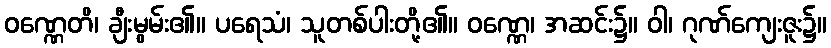
ဝဏ္ဏေတိ၊ ချီးမွမ်း၏။ ပရေသံ၊ သူတစ်ပါးတို့၏။ ဝဏ္ဏေ၊ အဆင်း၌။ ဝါ၊ ဂုဏ်ကျေးဇူး၌။